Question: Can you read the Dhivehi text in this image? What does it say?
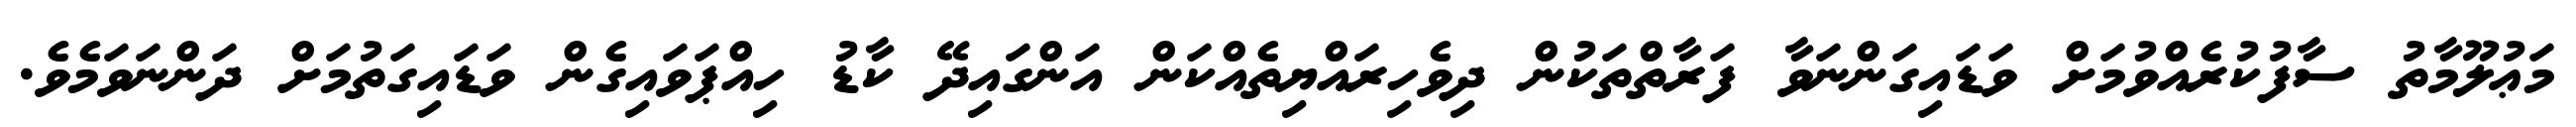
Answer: މަޢުލޫމާތު ސާފުކުރެއްވުމަށް ވަޑައިގަންނަވާ ފަރާތްތަކުން ދިވެހިރައްޔިތެއްކަން އަންގައިދޭ ކާޑު ހިއްޕަވައިގެން ވަޑައިގަތުމަށް ދަންނަވަމެވެ.